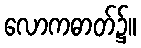
လောကဓာတ်၌။